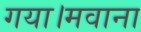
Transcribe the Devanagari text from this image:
गया।मवाना